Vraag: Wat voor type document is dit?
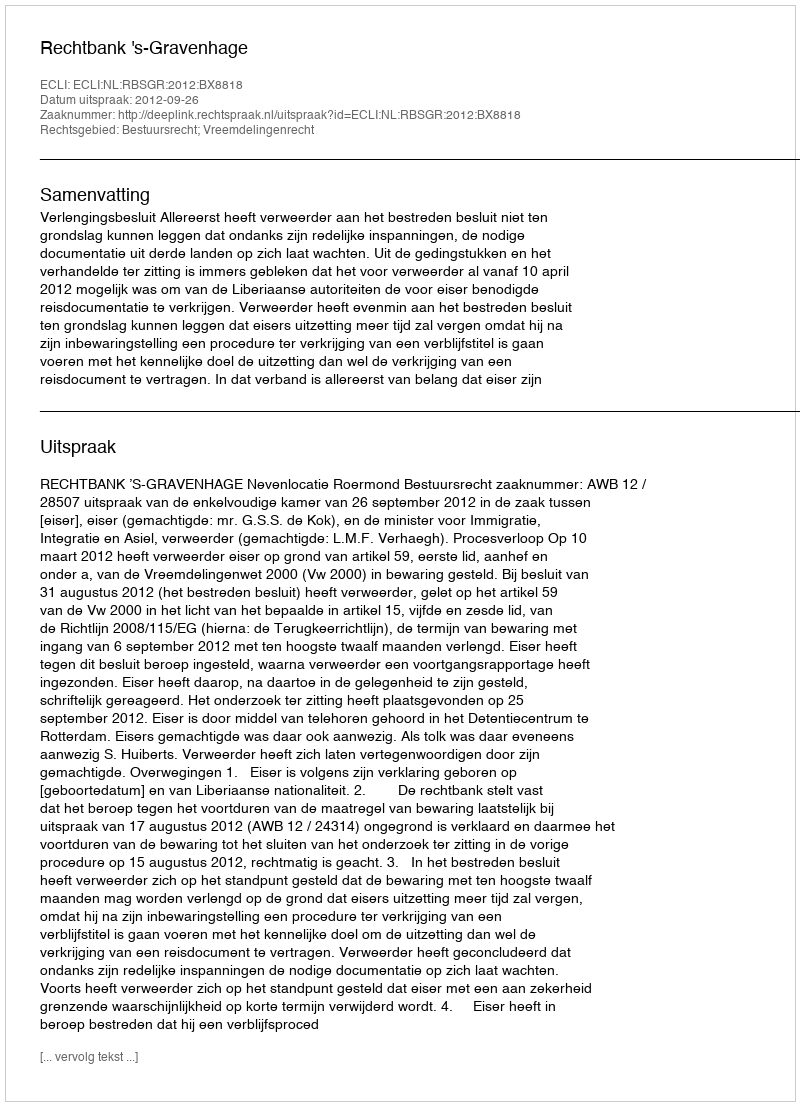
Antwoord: Uitspraak